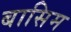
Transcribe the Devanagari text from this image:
बासिम